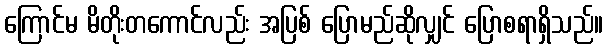
ကြောင်မ မိတိုးတကောင်လည်း အပြစ် ပြောမည်ဆိုလျှင် ပြောစရာရှိသည်။